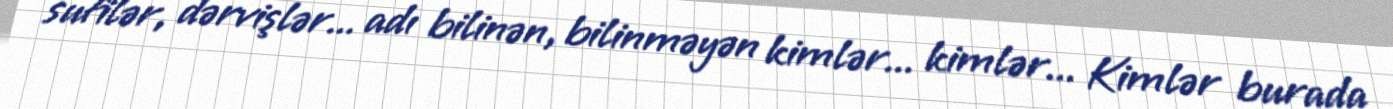
sufilər, dərvişlər... adı bilinən, bilinməyən kimlər... kimlər... Kimlər burada